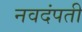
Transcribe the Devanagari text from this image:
नवदंपती